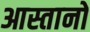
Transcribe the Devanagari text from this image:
आस्तानों